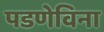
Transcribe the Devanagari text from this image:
पडणेविना